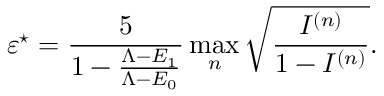
\varepsilon ^ { \star } = \frac { 5 } { 1 - \frac { \Lambda - E _ { 1 } } { \Lambda - E _ { 0 } } } \operatorname* { m a x } _ { n } \sqrt { \frac { I ^ { ( n ) } } { 1 - I ^ { ( n ) } } } .